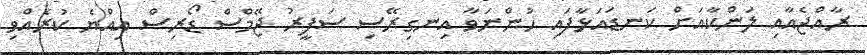
ރާއްޖެއާއި ލަންކާއަށް ކަނޑައަޅާފައި ހުންނަވާ އިނގިރޭސި ސަފީރު ޖޭމްސް ޑޯރިސް އިއްޔެ ކުރެއްވި